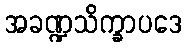
အခဏ္ဍသိက္ခာပဒေ